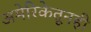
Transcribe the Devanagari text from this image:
अमेरिकेतूनही